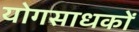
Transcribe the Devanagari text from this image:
योगसाधकों